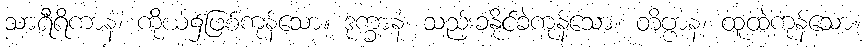
သာရီရိကာနံ၊ ကိုယ်၌ဖြစ်ကုန်သော။ ဒုက္ခာနံ၊ သည်းခံနိုင်ခဲကုန်သော။ တိဗ္ဗာနံ၊ ထူထဲကုန်သော။